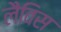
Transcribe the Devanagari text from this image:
लैविस